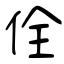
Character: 佺